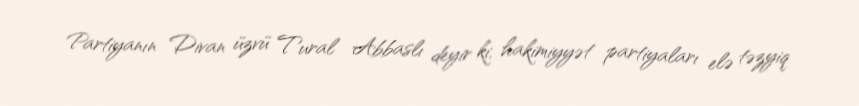
Partiyanın Divan üzvü Tural Abbaslı deyir ki, hakimiyyət partiyaları elə təzyiq